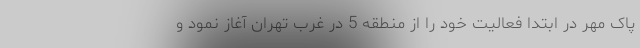
پاک مهر در ابتدا فعالیت خود را از منطقه 5 در غرب تهران آغاز نمود و